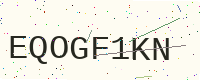
Text: EQOGF1KN